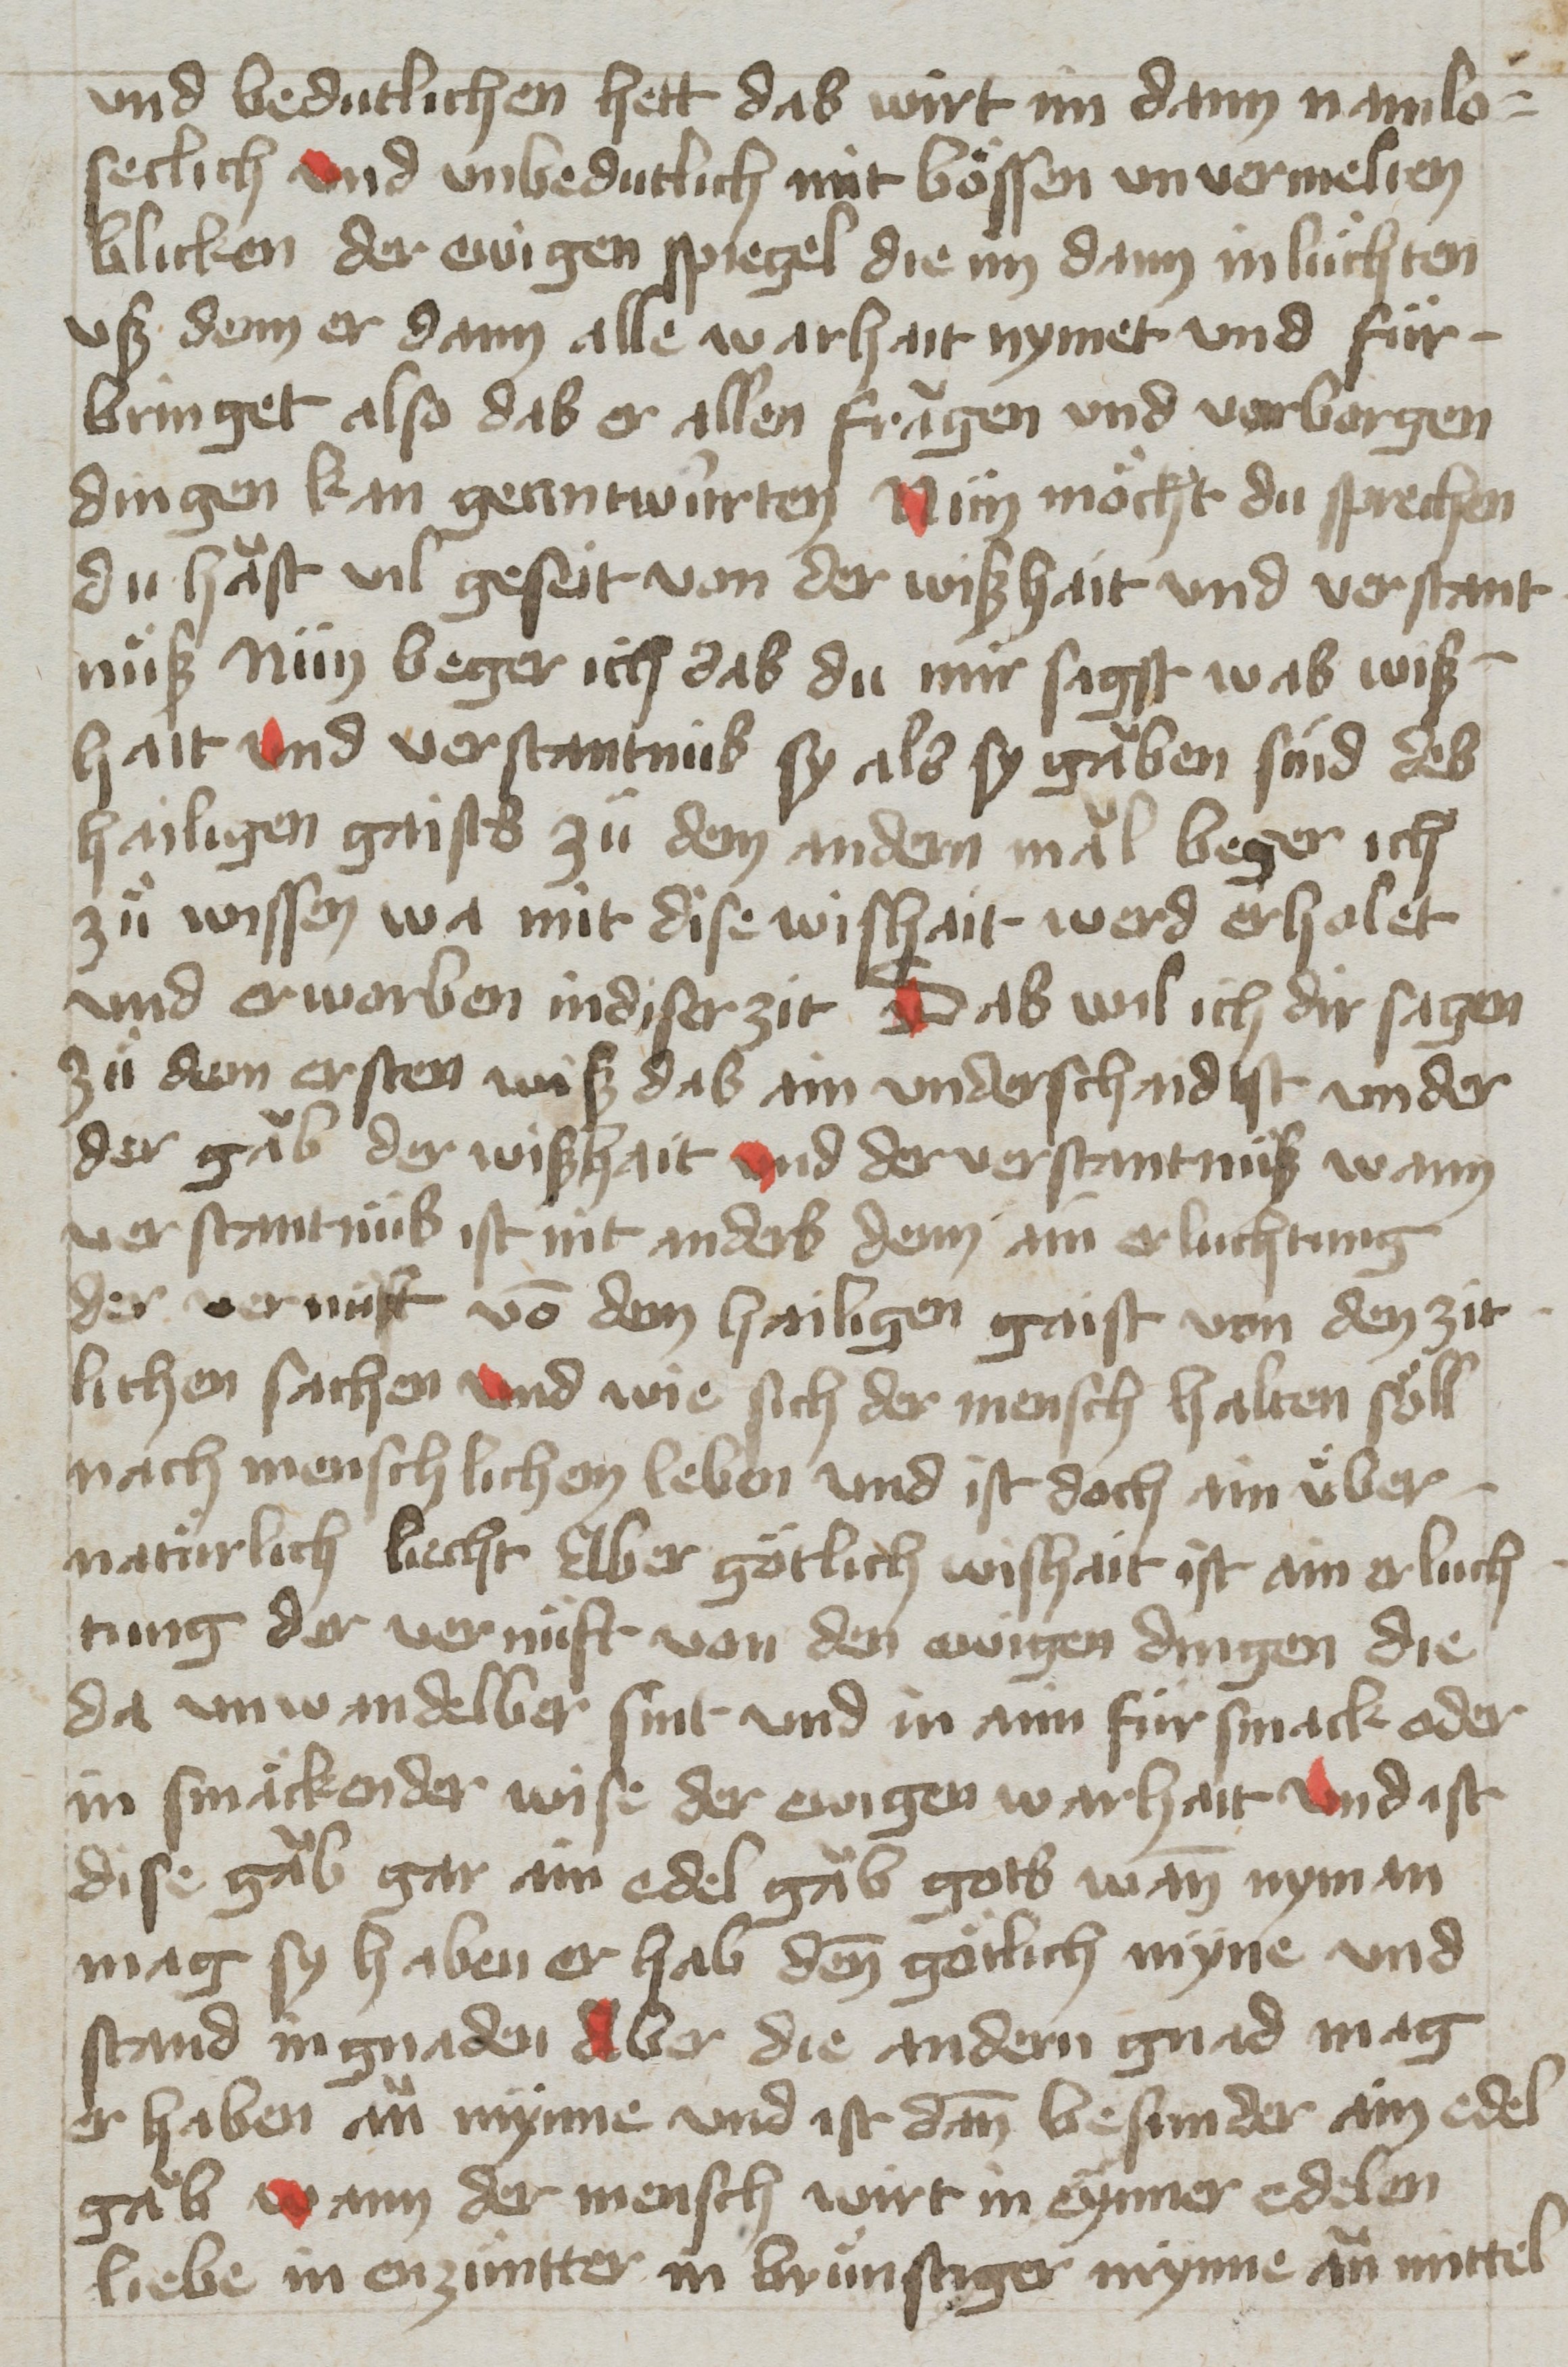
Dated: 1400–1499